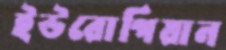
ইউরোপিয়ান